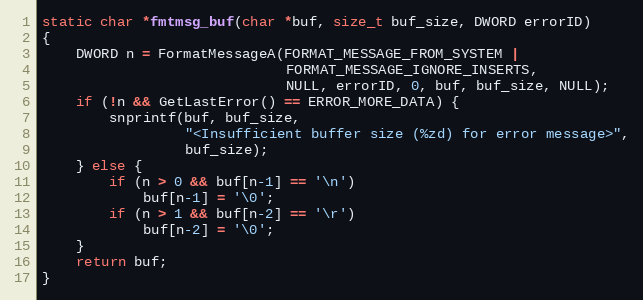
Language: C
static char *fmtmsg_buf(char *buf, size_t buf_size, DWORD errorID)
{
    DWORD n = FormatMessageA(FORMAT_MESSAGE_FROM_SYSTEM |
                             FORMAT_MESSAGE_IGNORE_INSERTS,
                             NULL, errorID, 0, buf, buf_size, NULL);
    if (!n && GetLastError() == ERROR_MORE_DATA) {
        snprintf(buf, buf_size,
                 "<Insufficient buffer size (%zd) for error message>",
                 buf_size);
    } else {
        if (n > 0 && buf[n-1] == '\n')
            buf[n-1] = '\0';
        if (n > 1 && buf[n-2] == '\r')
            buf[n-2] = '\0';
    }
    return buf;
}